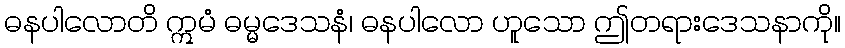
ဓနပါလောတိ ဣမံ ဓမ္မဒေသနံ၊ ဓနပါလော ဟူသော ဤတရားဒေသနာကို။